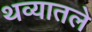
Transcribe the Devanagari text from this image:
थव्यातले